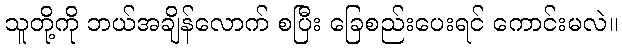
သူတို့ကို ဘယ်အချိန်လောက် စပြီး ခြေစည်းပေးရင် ကောင်းမလဲ။